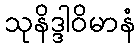
သုနိဒ္ဒါဝိမာနံ